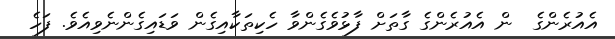
އެއުރެންގެ  ން އެއުރެންގެ ގާތަށް ފާޅުވެގެންވާ ހެކިތަކާއިގެން ވަޑައިގެންނެވިއެވެ. ފަހެ